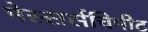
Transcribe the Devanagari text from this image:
मेस्सर्सचिमीट